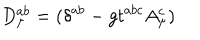
D _ { \mu } ^ { a b } = ( \delta ^ { a b } - g t ^ { a b c } A _ { \mu } ^ { c } )